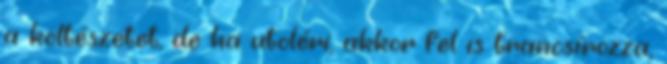
a költészetet, de ha utoléri, akkor fel is trancsírozza,